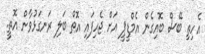
އެހިތި ބޭސް ބޮއިގެން އެމްޑީޕީ އަށް ޖެހިފައި އޮތް ބަލި ރަނގަޅުވާން އޮތީ.